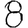
Digit: 8